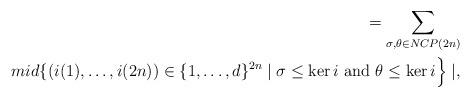
LaTeX: \begin{align*} = \sum_{\sigma , \theta \in NCP(2n)} \\mid \{ ( i(1), \ldots , i(2n) ) \in \{ 1, \ldots ,d \}^{2n} \mid \sigma \leq \ker i \mbox{ and } \theta \leq \ker i \Bigr\} \mid ,\end{align*}